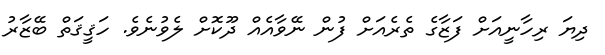
ދިޔަ ރިހާނީއަށް ފަޒާގެ ތެރެއަށް ފުން ނޭވާއެއް ދޫކޮށް ލެވުނެވެ. ހަޤީޤަތް ބޭޒާރު